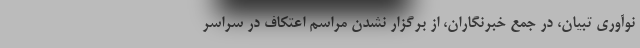
نوآوری تبیان، در جمع خبرنگاران، از برگزار نشدن مراسم اعتکاف در سراسر